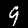
Label: 9